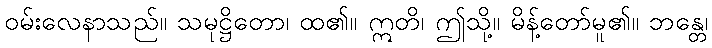
ဝမ်းလေနာသည်။ သမုဋ္ဌိတော၊ ထ၏။ ဣတိ၊ ဤသို့။ မိန့်တော်မူ၏။ ဘန္တေ၊